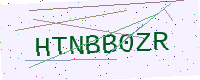
Text: HTNBB0ZR